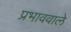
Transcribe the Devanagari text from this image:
प्रभाववाले